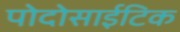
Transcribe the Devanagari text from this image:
पोदोसाईटिक